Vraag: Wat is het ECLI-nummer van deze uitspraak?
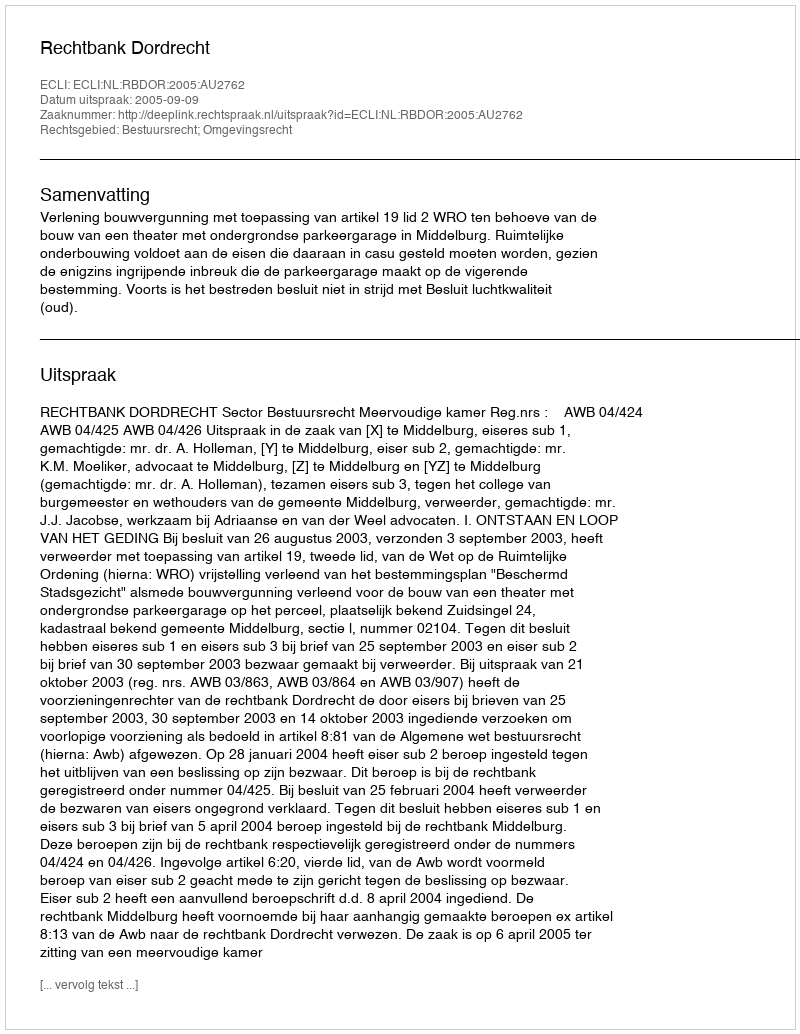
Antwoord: ECLI:NL:RBDOR:2005:AU2762